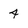
Character: 4